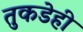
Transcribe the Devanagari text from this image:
तुकडेही